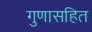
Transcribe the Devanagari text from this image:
गुणासहित